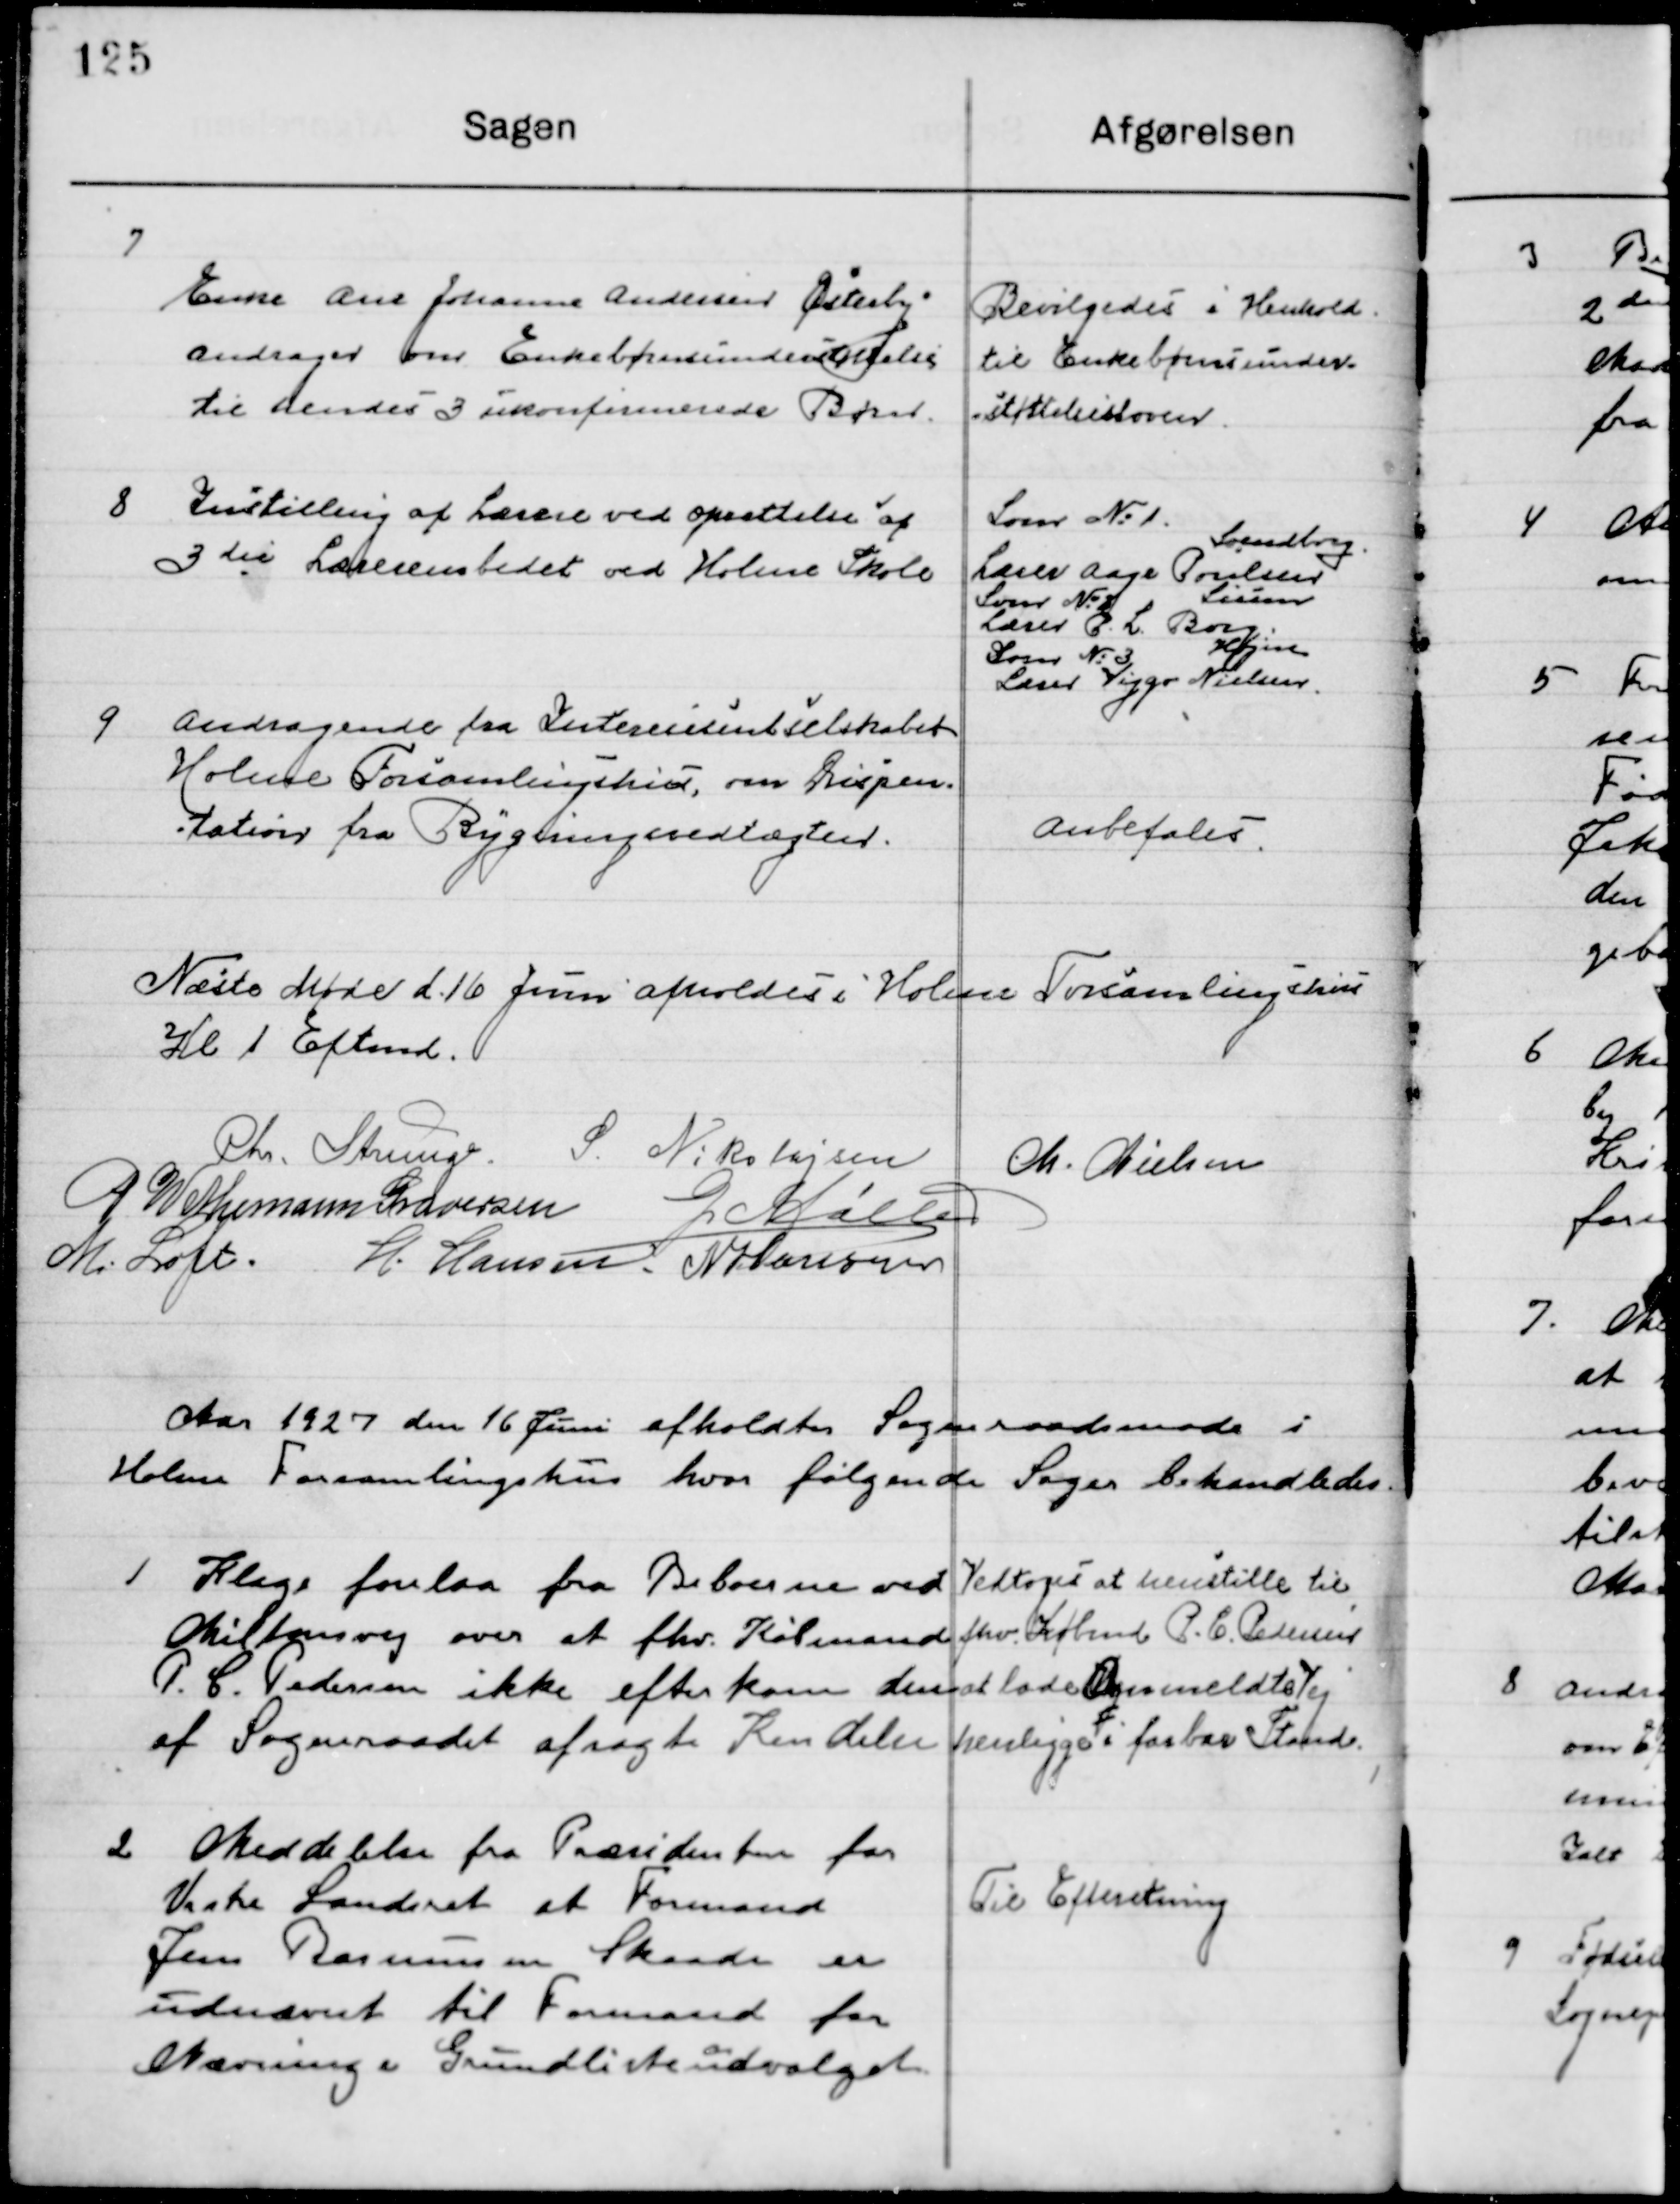
Transskription:
7

Enke Ane Johanne Andersen Østerby
Andrager om Enkebørns understøttelse 
til dendes 3 ukonfirmerede Børn

Bevilgedes i Henhold 
til Enkebørns under-
støttelsesloven

8

Indstilling af Lærer ved oprettelse af
3die Lærerembedet ved Holme Skole

Lærer No. 1.
Lærer Aage Poulsen 
Sønderborg
Lærer No. 2.
Sirum
Lærer P. L. Borg
Lærere No. 3.
Lærer Viggo Nielsen,
Holme

9

Andragende fra Interessentselskabet
Holme Forsamlingshus, om Dispen-
sation fra Bygningsvedtægten.

Anbefales

Næste Møde d. 16 Juni afholdes i Holme Forsamlingshus
Kl. 1 Eftermd.

Chr. Strunge
S. Nikolajsen
M. Nielsen
P. Wethemann Graversen
G. Møller
M. Loft
H. Hansen
N. Hansen

Aaret 1927 den 16 Juni afholdtes  Sogneraadsmøde i 
Holme Forsamlingshus hvor følgende Sager behandledes.

1

Klage forelaa fra Beboerne ved
Miltonsvej over at fhv. Købmand
P. C. Pedersen ikke efterkom den
af Sogneraadet afsagte Kendelse

Vedtoges at henstille til 
fhv. Købmand P. C. Pedersen
at lade Ommeldte Vej
henligge i farbar Stand.

2

Meddelelse fra Præsidenten fra for
Vestre Landsret at Formand
Jens Rasmussen Skaade er
udnævnt til formand for
Nævning i Grundlisteudvalget

Til Efterretning